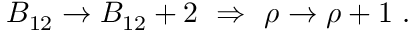
B _ { 1 2 } \to B _ { 1 2 } + 2 \ \Rightarrow \ \rho \to \rho + 1 \ .